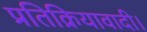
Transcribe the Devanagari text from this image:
प्रतिक्रियावादी।